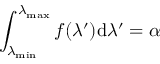
\int _ { \lambda _ { \operatorname* { m i n } } } ^ { \lambda _ { \operatorname* { m a x } } } f ( \lambda ^ { \prime } ) \mathrm { d } \lambda ^ { \prime } = \alpha